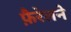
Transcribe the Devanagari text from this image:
फ़ैरेलने